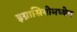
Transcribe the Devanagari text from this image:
इग्नासियोमध्येच